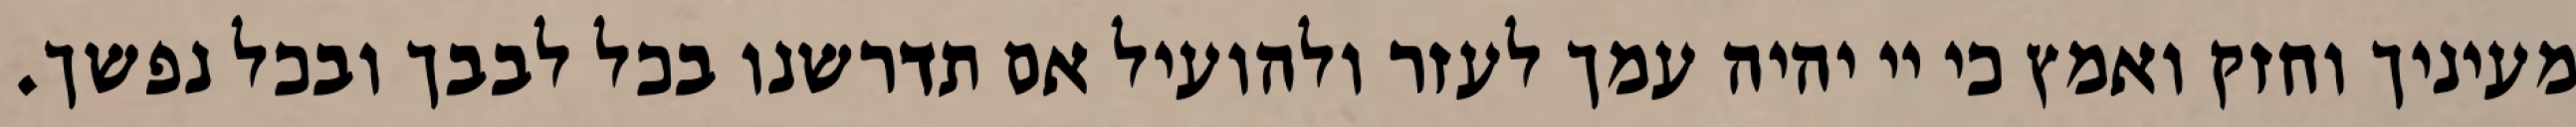
מעיניך וחזק ואמץ כי יי יהיה עמך לעזר ולהועיל אם תדרשנו בכל לבבך ובכל נפשך.